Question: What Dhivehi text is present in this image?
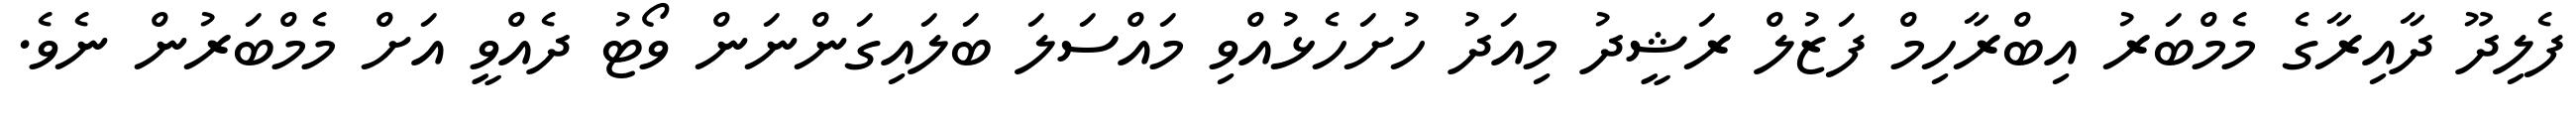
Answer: ފެލިދޫ ދާއިރާގެ މެމްބަރު އިބްރާހިމް ފަޒުލް ރަޝީދު މިއަދު ހުށަހެޅުއްވި މައްސަލަ ބަލައިގަންނަން ވޯޓު ދެއްވީ އަށް މެމްބަރުން ނެވެ.